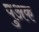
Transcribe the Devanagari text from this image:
पुअक